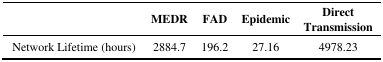
|  | MEDR | FAD | Epidemic | Direct Transmission |
 | --- | --- | --- | --- | --- |
 | Network Lifetime (hours) | 2884.7 | 196.2 | 27.16 | 4978.23 |